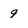
Character: 9